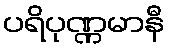
ပရိပုဏ္ဏမာနီ